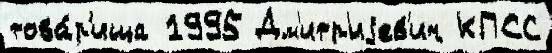
това́р'ища 1995 Дм'итр'иjев'ич КПСС